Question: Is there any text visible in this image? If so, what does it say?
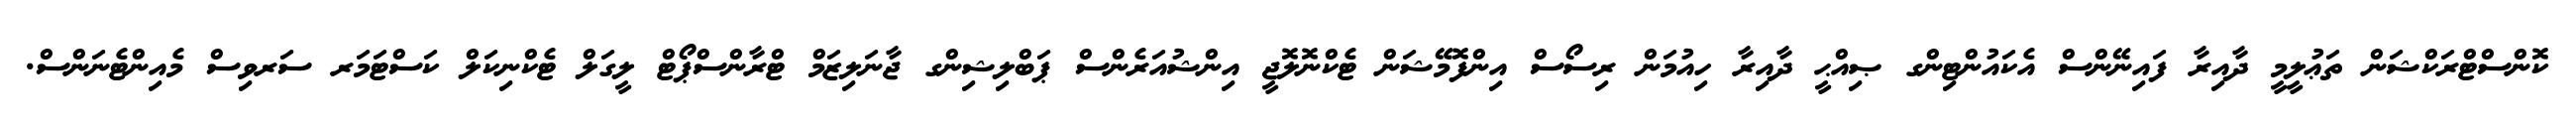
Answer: ކޮންސްޓްރަކްޝަން ތަޢުލީމީ ދާއިރާ ފައިނޭންސް އެކައުންޓިންގ ޞިއްޙީ ދާއިރާ ހިއުމަން ރިސޯސް އިންފޮމޭޝަން ޓެކްނޮލޮޖީ އިންޝުއަރެންސް ޕަބްލިޝިންގ ޖާނަލިޒަމް ޓްރާންސްޕޯޓް ލީގަލް ޓެކްނިކަލް ކަސްޓަމަރ ސަރވިސް މެއިންޓެނަންސް.